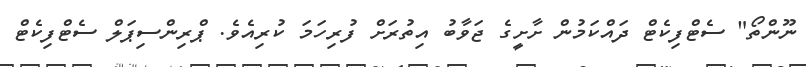
ނޫންތޯ" ސެޓްފިކެޓް ދައްކަމުން ށާށީގެ ޖަވާބު އިތުރަށް ފުރިހަމަ ކުރިއެވެ. ޕްރިންސިޕަލް ސެޓްފިކެޓް